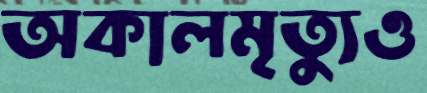
অকালমৃত্যুও